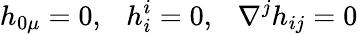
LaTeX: h_{0\mu}=0,~~~h_{i}^{i}=0,~~~\nabla^{j}h_{ij}=0